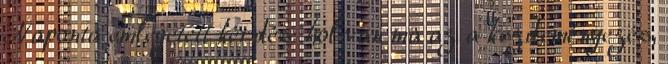
Naponta emlegetett kérdés: hol van ma az a kezdeményezés,